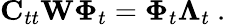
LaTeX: {\mathbf C}_{tt}{\mathbf W}{\mathbf\Phi}_{t}={\mathbf\Phi}_{t}{\mathbf\Lambda}_{t}\mathrm{~.~}